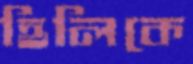
হিলিকে